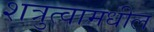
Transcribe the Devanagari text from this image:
शत्रुत्वामधील